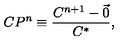
C P ^ { n } \equiv \frac { C ^ { n + 1 } - \vec { 0 } } { C ^ { * } } ,